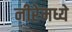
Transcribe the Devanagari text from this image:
नीरेमध्ये